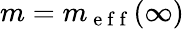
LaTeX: m=m_{\mathrm{~e~f~f~}}(\infty)